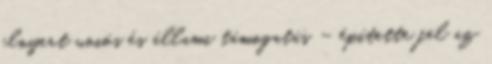
elnyert uniós és állami támogatás – építette fel az